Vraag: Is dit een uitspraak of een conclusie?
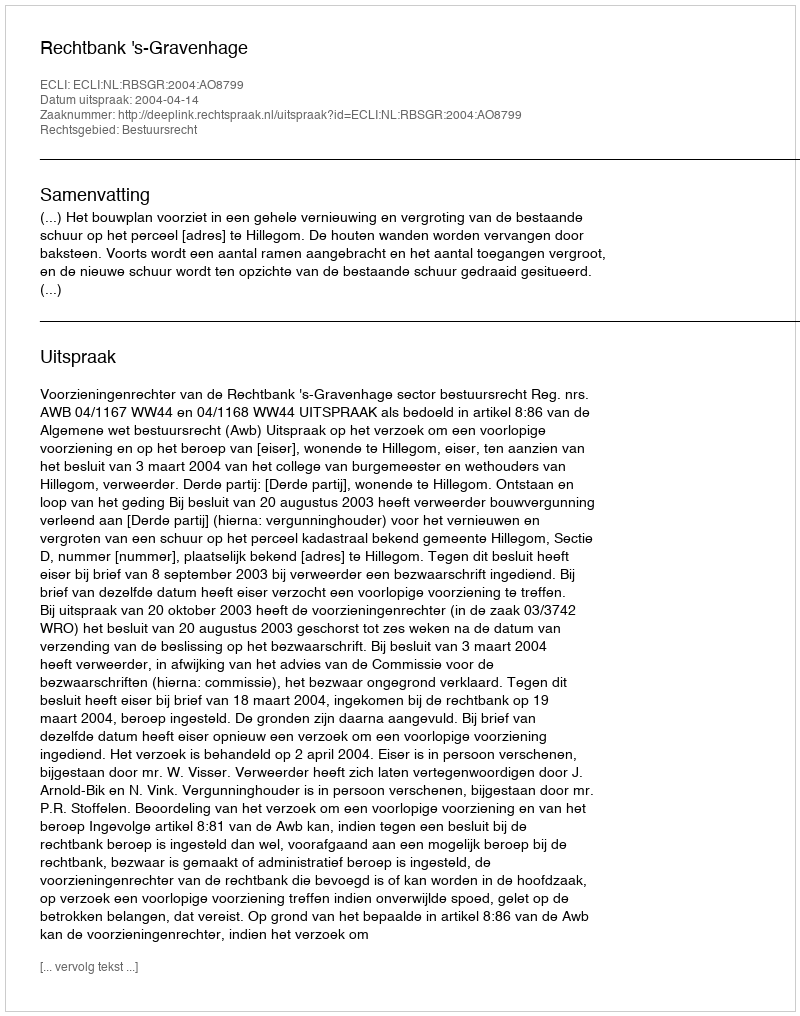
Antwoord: Uitspraak